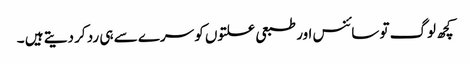
کچھ لوگ تو سائنس اور طبعی علتوں کو سرے سے ہی رد کر دیتے ہیں ۔